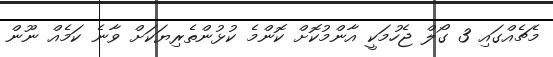
މެޗެއްގައި 3 ގޯލް ޖެހުމަކީ އާންމުކޮށް ކޮންމެ ކުޅުންތެރިޔަކަށް ވާނެ ކަމެއް ނޫން